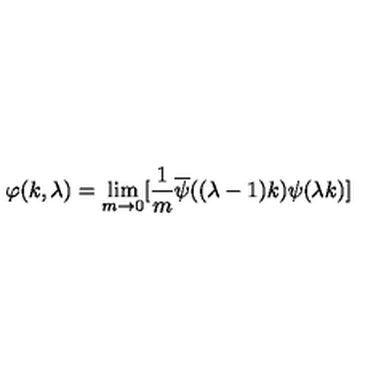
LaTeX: \varphi ( k , \lambda ) = \lim _ { m \rightarrow 0 } [ { \frac { 1 } { m } } \overline { \psi } ( ( \lambda - 1 ) k ) \psi ( \lambda k ) ] \,